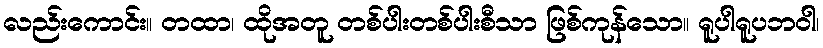
လည်းကောင်း။ တထာ၊ ထိုအတူ တစ်ပါးတစ်ပါးစီသာ ဖြစ်ကုန်သော။ ရူပါရူပဘဝါ၊